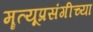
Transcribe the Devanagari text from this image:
मॄत्यूप्रसंगीच्या